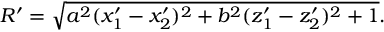
R ^ { \prime } = \sqrt { a ^ { 2 } ( x _ { 1 } ^ { \prime } - x _ { 2 } ^ { \prime } ) ^ { 2 } + b ^ { 2 } ( z _ { 1 } ^ { \prime } - z _ { 2 } ^ { \prime } ) ^ { 2 } + 1 } .